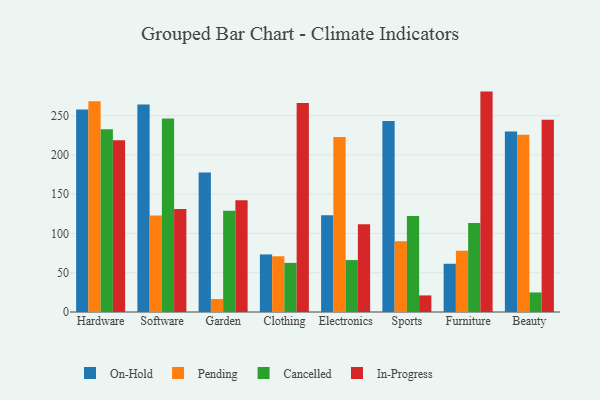
{"axis": {"x": "Category", "y": "Page Views"}, "legend": ["Cancelled", "In-Progress", "On-Hold", "Pending"], "data": [{"x": "Hardware", "y": 257.8, "type": "On-Hold"}, {"x": "Hardware", "y": 268.2, "type": "Pending"}, {"x": "Hardware", "y": 232.7, "type": "Cancelled"}, {"x": "Hardware", "y": 218.6, "type": "In-Progress"}, {"x": "Software", "y": 264.1, "type": "On-Hold"}, {"x": "Software", "y": 122.7, "type": "Pending"}, {"x": "Software", "y": 246.4, "type": "Cancelled"}, {"x": "Software", "y": 131.1, "type": "In-Progress"}, {"x": "Garden", "y": 177.5, "type": "On-Hold"}, {"x": "Garden", "y": 16.5, "type": "Pending"}, {"x": "Garden", "y": 128.9, "type": "Cancelled"}, {"x": "Garden", "y": 142.1, "type": "In-Progress"}, {"x": "Clothing", "y": 73.3, "type": "On-Hold"}, {"x": "Clothing", "y": 70.9, "type": "Pending"}, {"x": "Clothing", "y": 62.5, "type": "Cancelled"}, {"x": "Clothing", "y": 266.1, "type": "In-Progress"}, {"x": "Electronics", "y": 123.0, "type": "On-Hold"}, {"x": "Electronics", "y": 222.6, "type": "Pending"}, {"x": "Electronics", "y": 66.1, "type": "Cancelled"}, {"x": "Electronics", "y": 111.8, "type": "In-Progress"}, {"x": "Sports", "y": 243.0, "type": "On-Hold"}, {"x": "Sports", "y": 89.9, "type": "Pending"}, {"x": "Sports", "y": 122.3, "type": "Cancelled"}, {"x": "Sports", "y": 21.1, "type": "In-Progress"}, {"x": "Furniture", "y": 61.4, "type": "On-Hold"}, {"x": "Furniture", "y": 78.0, "type": "Pending"}, {"x": "Furniture", "y": 113.4, "type": "Cancelled"}, {"x": "Furniture", "y": 280.5, "type": "In-Progress"}, {"x": "Beauty", "y": 229.7, "type": "On-Hold"}, {"x": "Beauty", "y": 225.7, "type": "Pending"}, {"x": "Beauty", "y": 24.9, "type": "Cancelled"}, {"x": "Beauty", "y": 244.6, "type": "In-Progress"}]}